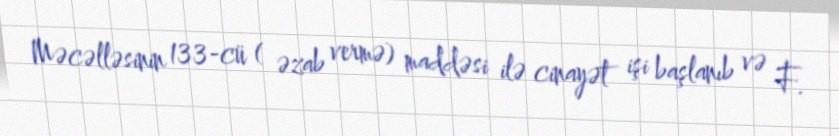
Məcəlləsinin 133-cü ( əzab vermə) maddəsi ilə cinayət işi başlanıb və F.